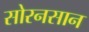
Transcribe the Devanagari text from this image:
सोरनसान